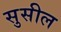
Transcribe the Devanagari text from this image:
सुसील